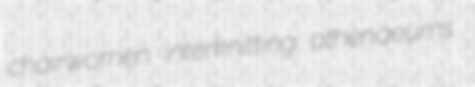
chairwomen interknitting athenaeums